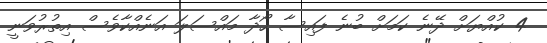
4 ކުއްޔަށް ދޭނެ ކަމަށް ބުނެ ފައިސާ ހޯދާ މައްސަލަ އަނެއްކާވެސް އިތުރުވަނީ